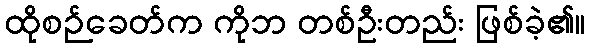
ထိုစဉ်ခေတ်က ကိုဘ တစ်ဦးတည်း ဖြစ်ခဲ့၏။